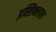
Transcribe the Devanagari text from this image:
इस्तिक्लाल